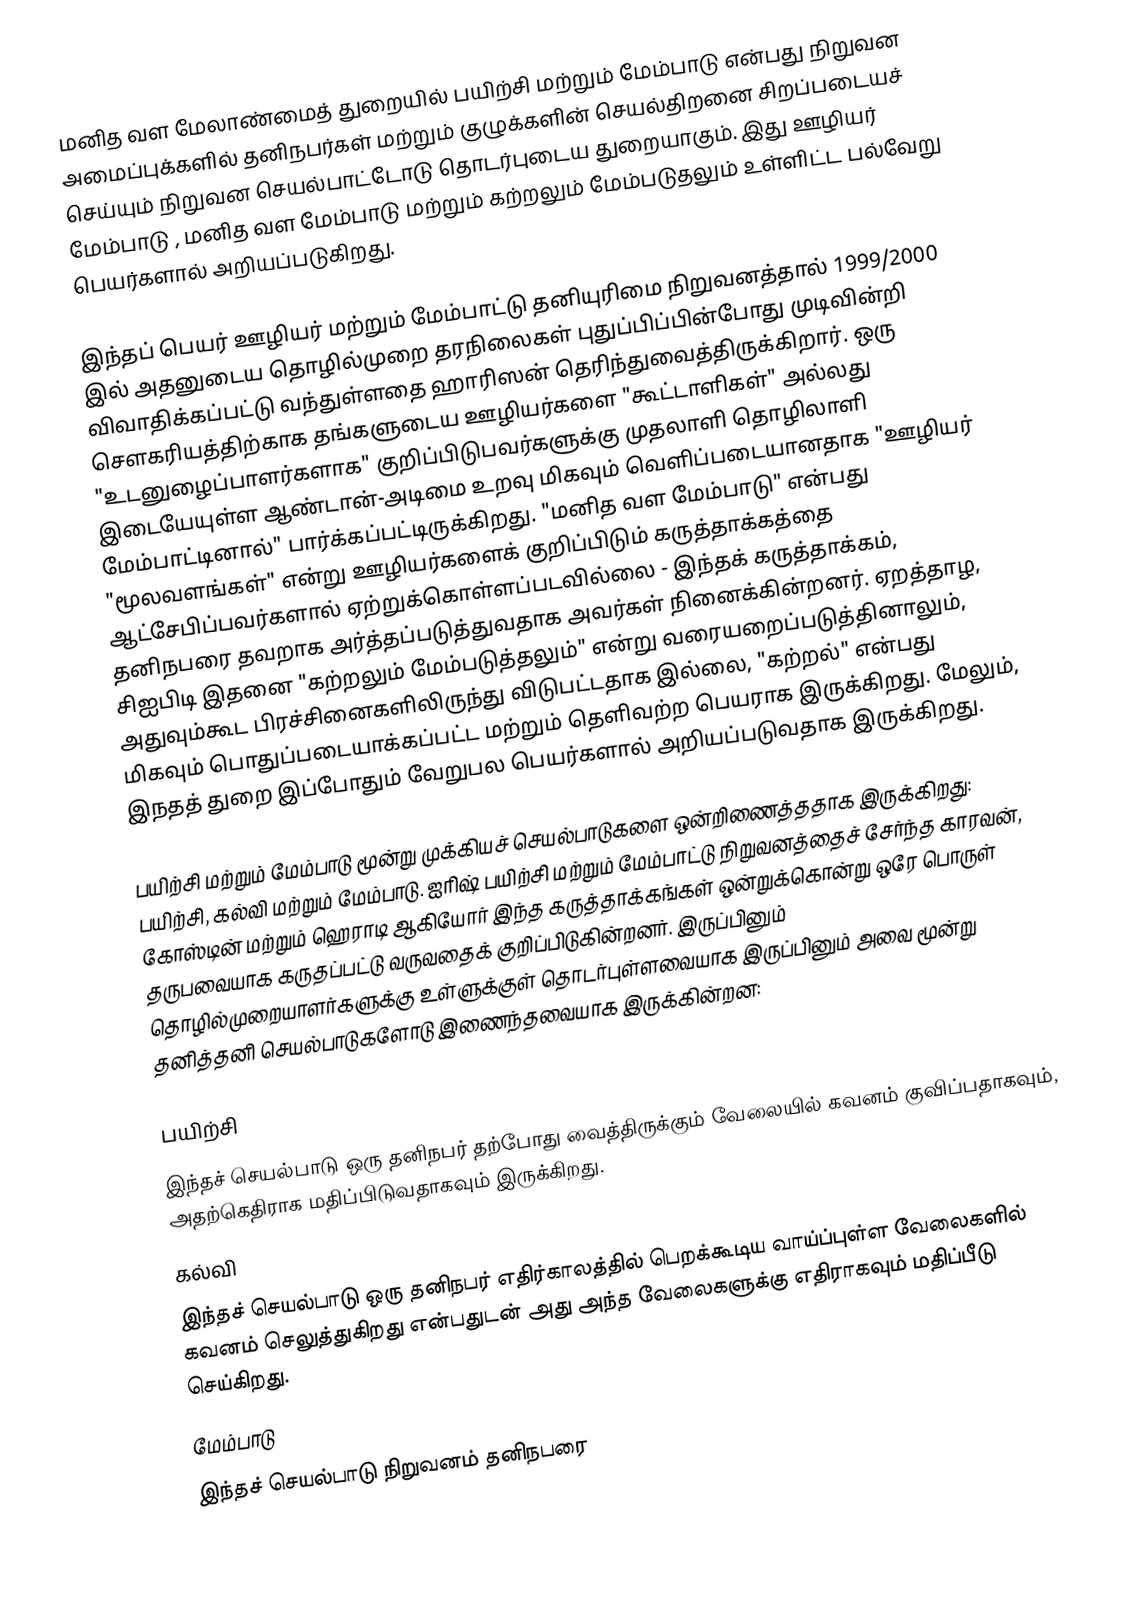
மனித வள மேலாண்மைத் துறையில் பயிற்சி மற்றும் மேம்பாடு  என்பது நிறுவன அமைப்புக்களில் தனிநபர்கள் மற்றும் குழுக்களின் செயல்திறனை சிறப்படையச் செய்யும் நிறுவன செயல்பாட்டோடு தொடர்புடைய துறையாகும். இது ஊழியர் மேம்பாடு , மனித வள மேம்பாடு  மற்றும் கற்றலும் மேம்படுதலும்  உள்ளிட்ட பல்வேறு பெயர்களால் அறியப்படுகிறது.

இந்தப் பெயர் ஊழியர் மற்றும் மேம்பாட்டு தனியுரிமை நிறுவனத்தால் 1999/2000 இல் அதனுடைய தொழில்முறை தரநிலைகள் புதுப்பிப்பின்போது முடிவின்றி விவாதிக்கப்பட்டு வந்துள்ளதை ஹாரிஸன் தெரிந்துவைத்திருக்கிறார். ஒரு சௌகரியத்திற்காக தங்களுடைய ஊழியர்களை "கூட்டாளிகள்" அல்லது "உடனுழைப்பாளர்களாக" குறிப்பிடுபவர்களுக்கு முதலாளி தொழிலாளி இடையேயுள்ள ஆண்டான்-அடிமை உறவு மிகவும் வெளிப்படையானதாக "ஊழியர் மேம்பாட்டினால்" பார்க்கப்பட்டிருக்கிறது. "மனித வள மேம்பாடு" என்பது "மூலவளங்கள்" என்று ஊழியர்களைக் குறிப்பிடும் கருத்தாக்கத்தை ஆட்சேபிப்பவர்களால் ஏற்றுக்கொள்ளப்படவில்லை - இந்தக் கருத்தாக்கம், தனிநபரை தவறாக அர்த்தப்படுத்துவதாக அவர்கள் நினைக்கின்றனர். ஏறத்தாழ, சிஐபிடி இதனை "கற்றலும் மேம்படுத்தலும்" என்று வரையறைப்படுத்தினாலும், அதுவும்கூட பிரச்சினைகளிலிருந்து விடுபட்டதாக இல்லை, "கற்றல்" என்பது மிகவும் பொதுப்படையாக்கப்பட்ட மற்றும் தெளிவற்ற பெயராக இருக்கிறது. மேலும், இநதத் துறை இப்போதும் வேறுபல பெயர்களால் அறியப்படுவதாக இருக்கிறது.

பயிற்சி மற்றும் மேம்பாடு மூன்று முக்கியச் செயல்பாடுகளை ஒன்றிணைத்ததாக இருக்கிறது: பயிற்சி, கல்வி மற்றும் மேம்பாடு. ஐரிஷ் பயிற்சி மற்றும் மேம்பாட்டு நிறுவனத்தைச் சேர்ந்த காரவன், கோஸ்டின் மற்றும் ஹெராடி ஆகியோர் இந்த கருத்தாக்கங்கள் ஒன்றுக்கொன்று ஒரே பொருள் தருபவையாக கருதப்பட்டு வருவதைக் குறிப்பிடுகின்றனர். இருப்பினும் தொழில்முறையாளர்களுக்கு உள்ளுக்குள் தொடர்புள்ளவையாக இருப்பினும் அவை மூன்று தனித்தனி செயல்பாடுகளோடு இணைந்தவையாக இருக்கின்றன:

பயிற்சி
இந்தச் செயல்பாடு ஒரு தனிநபர் தற்போது வைத்திருக்கும் வேலையில் கவனம் குவிப்பதாகவும், அதற்கெதிராக மதிப்பிடுவதாகவும் இருக்கிறது.
கல்வி
இந்தச் செயல்பாடு ஒரு தனிநபர் எதிர்காலத்தில் பெறக்கூடிய வாய்ப்புள்ள வேலைகளில் கவனம் செலுத்துகிறது என்பதுடன் அது அந்த வேலைகளுக்கு எதிராகவும் மதிப்பீடு செய்கிறது.
மேம்பாடு
இந்தச் செயல்பாடு நிறுவனம் தனிநபரை